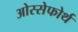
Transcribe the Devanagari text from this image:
ओस्सेफोर्थ